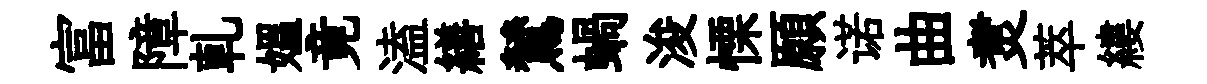
富障乹媪竟溘繕鷥蝸浚慄願诺曲煑萃縷